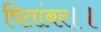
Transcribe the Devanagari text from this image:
पितांबर।।